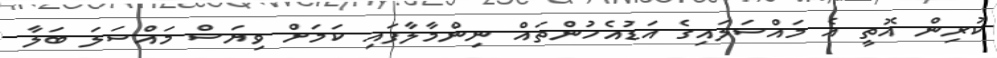
ކުރިން އޮތީ އެ މައްސަލައިގެ އަޑުއެހުންތައް ނިންމާލާފައި ކަމަށް ވިޔަސް މައްސަލަ ބަލާ